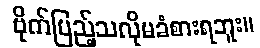
ဗိုက်ပြည့်သလိုမခံစားရဘူး။